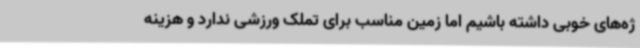
ژه‌های خوبی داشته باشیم اما زمین مناسب برای تملک ورزشی ندارد و هزینه‌